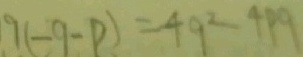
q ( - q - p ) = 4 q ^ { 2 } - 4 p q